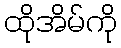
ထိုအိမ်ကို